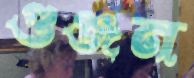
গুঞ্জন